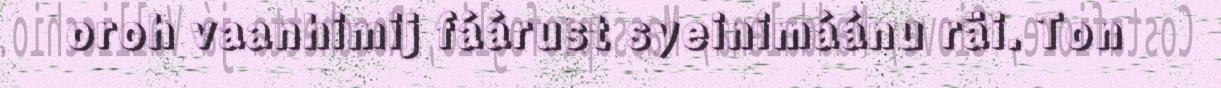
oroh vaanhimij fáárust syeinimáánu räi. Ton